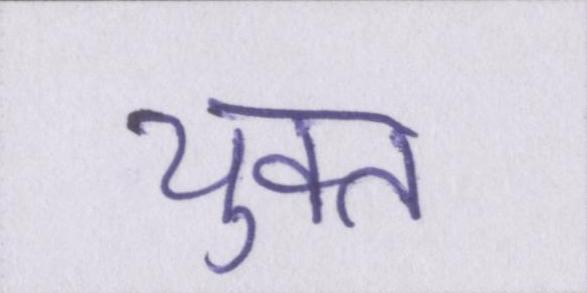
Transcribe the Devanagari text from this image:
युक्त